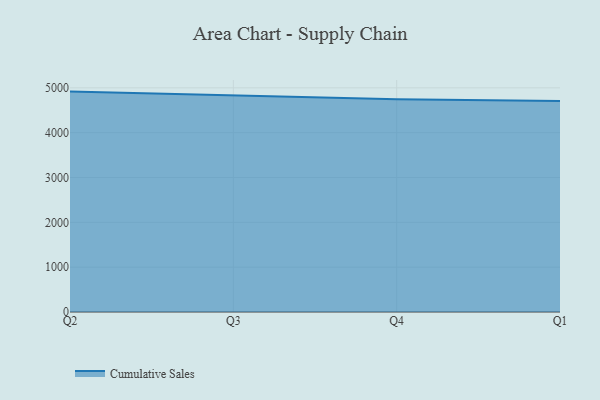
{"axis": {"x": "Quarter", "y": "Churn Rate (%)"}, "legend": ["Cumulative Sales"], "data": [{"x": "Q2", "y": 4915.6, "type": "Cumulative Sales"}, {"x": "Q3", "y": 4825.4, "type": "Cumulative Sales"}, {"x": "Q4", "y": 4742.4, "type": "Cumulative Sales"}, {"x": "Q1", "y": 4707.0, "type": "Cumulative Sales"}]}